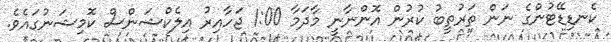
ކެނޑިޑޭޓުންގެ ނަން ތަރުތީބު ކުރުން އޮންނާނީ މާދަމާ 1:00 ޖަހާއިރު އިލެކްޝަންސް ކޮމިޝަނުގައެވެ.